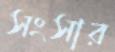
সংসার